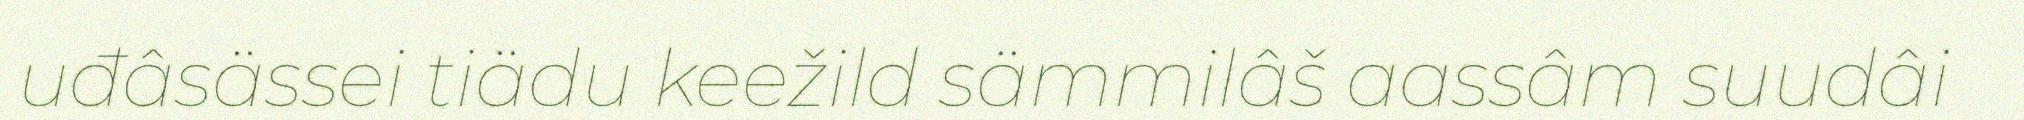
uđâsässei tiädu keežild sämmilâš aassâm suudâi